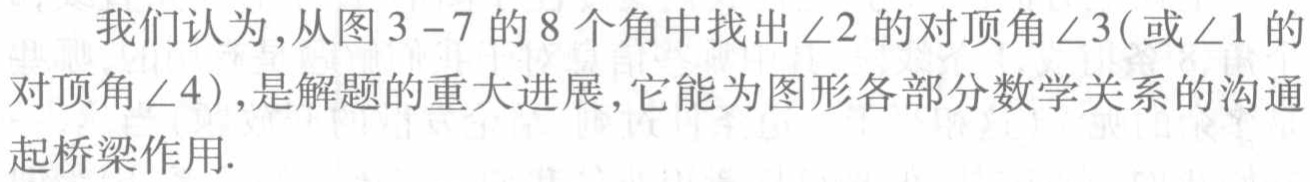
我们认为,从图$3 - 7$的$8$个角中找出$\angle2$的对顶角$\angle3$(或$\angle1$的对顶角$\angle4$),是解题的重大进展,它能为图形各部分数学关系的沟通起桥梁作用.